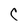
Character: C